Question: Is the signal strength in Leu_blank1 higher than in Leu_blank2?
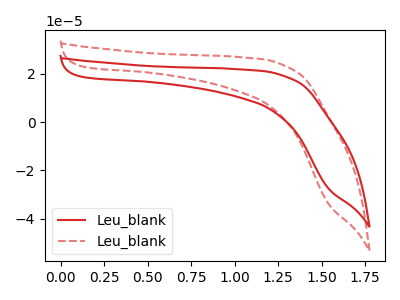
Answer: <think>The red curve "Leu_blank1" has no peaks. The red dashed curve "Leu_blank2" has no peaks.
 Neither "Leu_blank1" or "Leu_blank2" have any peaks.</think>
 <answer>I cant tell if "Leu_blank1" or "Leu_blank2" has more signal.</answer>
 <eval>mixed_signal</eval>